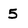
Character: 5